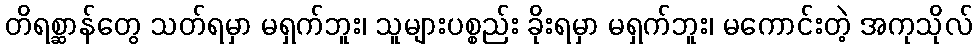
တိရစ္ဆာန်တွေ သတ်ရမှာ မရှက်ဘူး၊ သူများပစ္စည်း ခိုးရမှာ မရှက်ဘူး၊ မကောင်းတဲ့ အကုသိုလ်